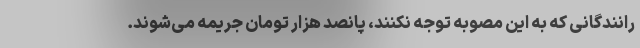
رانندگانی که به این مصوبه توجه نکنند، پانصد هزار تومان جریمه می‌شوند.